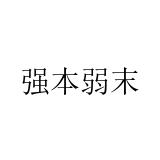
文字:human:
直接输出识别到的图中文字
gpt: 强本弱末